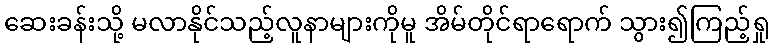
ဆေးခန်းသို့ မလာနိုင်သည့်လူနာများကိုမူ အိမ်တိုင်ရာရောက် သွား၍ကြည့်ရှု